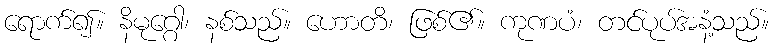
ရောက်၍။ နိမုဂ္ဂေါ၊ နစ်သည်။ ဟောတိ၊ ဖြစ်၏။ ကုဏပံ၊ တင်ပုပ်အနံ့သည်။